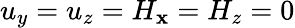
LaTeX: u_{y}=u_{z}=H_{\mathbf{x}}=H_{z}=0